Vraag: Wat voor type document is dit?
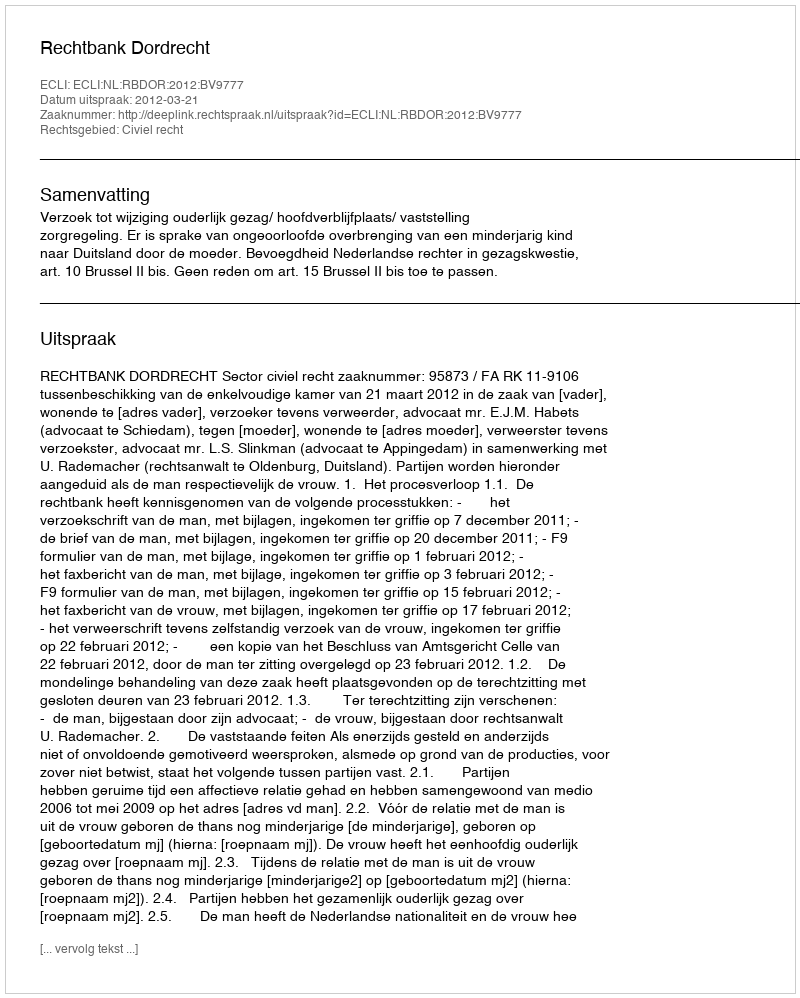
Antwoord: Uitspraak